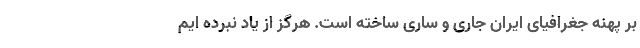
بر پهنه جغرافیای ایران جاری و ساری ساخته است. هرگز از یاد نبرده ایم